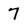
Character: 7